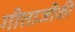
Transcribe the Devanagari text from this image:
गीताजीकी